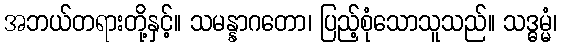
အဘယ်တရားတို့နှင့်။ သမန္နာဂတော၊ ပြည့်စုံသောသူသည်။ သဒ္ဓမ္မံ၊